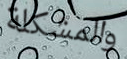
والمشكلة